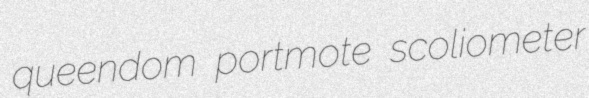
queendom portmote scoliometer